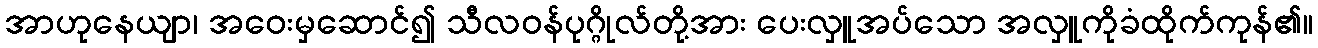
အာဟုနေယျာ၊ အဝေးမှဆောင်၍ သီလဝန်ပုဂ္ဂိုလ်တို့အား ပေးလှူအပ်သော အလှူကိုခံထိုက်ကုန်၏။